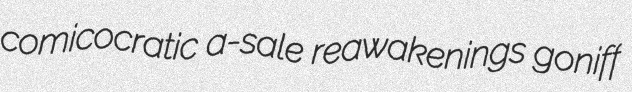
comicocratic a-sale reawakenings goniff